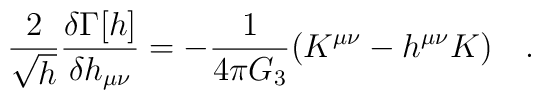
{2 \over \sqrt{h}}{\delta \Gamma[h] \over \delta h_{\mu\nu}}=-{1 \over 4\pi G_3}(K^{\mu\nu}-h^{\mu\nu}K)~~~.